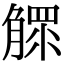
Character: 𣎕